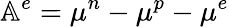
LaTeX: \mathbb{A}^{e}=\mu^{n}-\mu^{p}-\mu^{e}